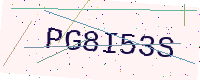
Text: PG8I53S